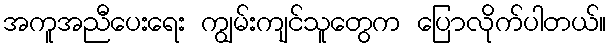
အကူအညီပေးရေး ကျွမ်းကျင်သူတွေက ပြောလိုက်ပါတယ်။